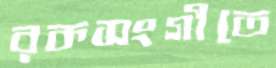
রকসংগীতে